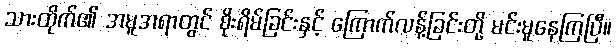
သားထိုက်၏ အမူအရာတွင် စိုးရိမ်ခြင်းနှင့် ကြောက်လန့်ခြင်းတို့ မင်းမူနေကြပြီ။